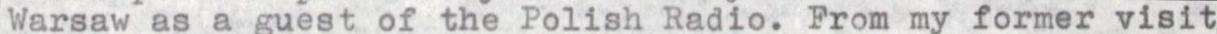
Warsaw as a guest of the Polish Radio. From my former visit